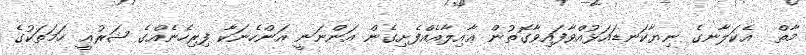
މާތް  އެކަލާނގެ ނިޔާކަނޑައަޅުއްވާފައިވާގޮތުން ޢާއިލާއެއްފެށިގެން އަންނަނީ އަންހެނަކާ ފިރިހެނެއްގެ ޝަރުޢީ ހަމަތަކުގެ